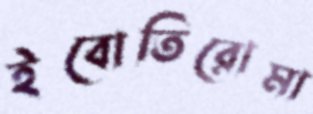
ইবোতিরোমা